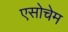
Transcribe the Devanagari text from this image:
एसोचेम